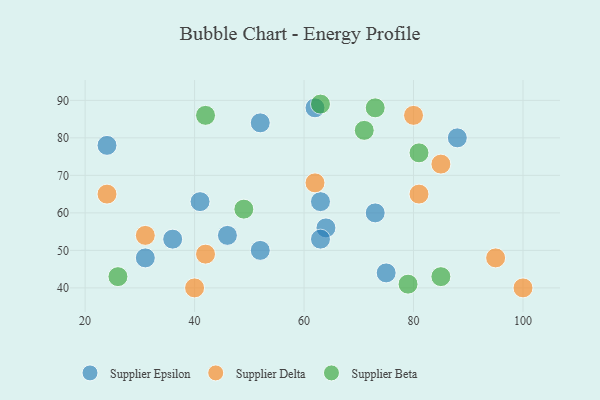
{"axis": {"x": "GDP", "y": "Life Expectancy"}, "legend": ["Supplier Beta", "Supplier Delta", "Supplier Epsilon"], "data": [{"x": "52", "y": 50, "type": "Supplier Epsilon"}, {"x": "88", "y": 80, "type": "Supplier Epsilon"}, {"x": "52", "y": 84, "type": "Supplier Epsilon"}, {"x": "46", "y": 54, "type": "Supplier Epsilon"}, {"x": "41", "y": 63, "type": "Supplier Epsilon"}, {"x": "63", "y": 63, "type": "Supplier Epsilon"}, {"x": "64", "y": 56, "type": "Supplier Epsilon"}, {"x": "73", "y": 60, "type": "Supplier Epsilon"}, {"x": "31", "y": 48, "type": "Supplier Epsilon"}, {"x": "24", "y": 78, "type": "Supplier Epsilon"}, {"x": "75", "y": 44, "type": "Supplier Epsilon"}, {"x": "62", "y": 88, "type": "Supplier Epsilon"}, {"x": "36", "y": 53, "type": "Supplier Epsilon"}, {"x": "63", "y": 53, "type": "Supplier Epsilon"}, {"x": "85", "y": 73, "type": "Supplier Delta"}, {"x": "42", "y": 49, "type": "Supplier Delta"}, {"x": "31", "y": 54, "type": "Supplier Delta"}, {"x": "100", "y": 40, "type": "Supplier Delta"}, {"x": "80", "y": 86, "type": "Supplier Delta"}, {"x": "95", "y": 48, "type": "Supplier Delta"}, {"x": "62", "y": 68, "type": "Supplier Delta"}, {"x": "24", "y": 65, "type": "Supplier Delta"}, {"x": "40", "y": 40, "type": "Supplier Delta"}, {"x": "81", "y": 65, "type": "Supplier Delta"}, {"x": "49", "y": 61, "type": "Supplier Beta"}, {"x": "63", "y": 89, "type": "Supplier Beta"}, {"x": "79", "y": 41, "type": "Supplier Beta"}, {"x": "85", "y": 43, "type": "Supplier Beta"}, {"x": "73", "y": 88, "type": "Supplier Beta"}, {"x": "42", "y": 86, "type": "Supplier Beta"}, {"x": "26", "y": 43, "type": "Supplier Beta"}, {"x": "71", "y": 82, "type": "Supplier Beta"}, {"x": "81", "y": 76, "type": "Supplier Beta"}]}